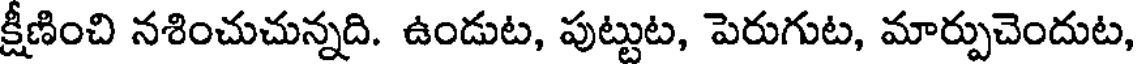
క్షీణించి నశించుచున్నది. ఉండుట, పుట్టుట, పెరుగుట, మార్పుచెందుట,